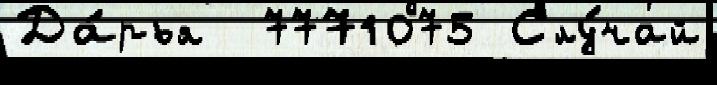
Да́рья  7771075 Слу́чай